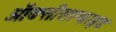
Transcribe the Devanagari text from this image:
ऑक्सीसल्फाइड